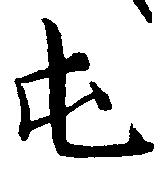
屯